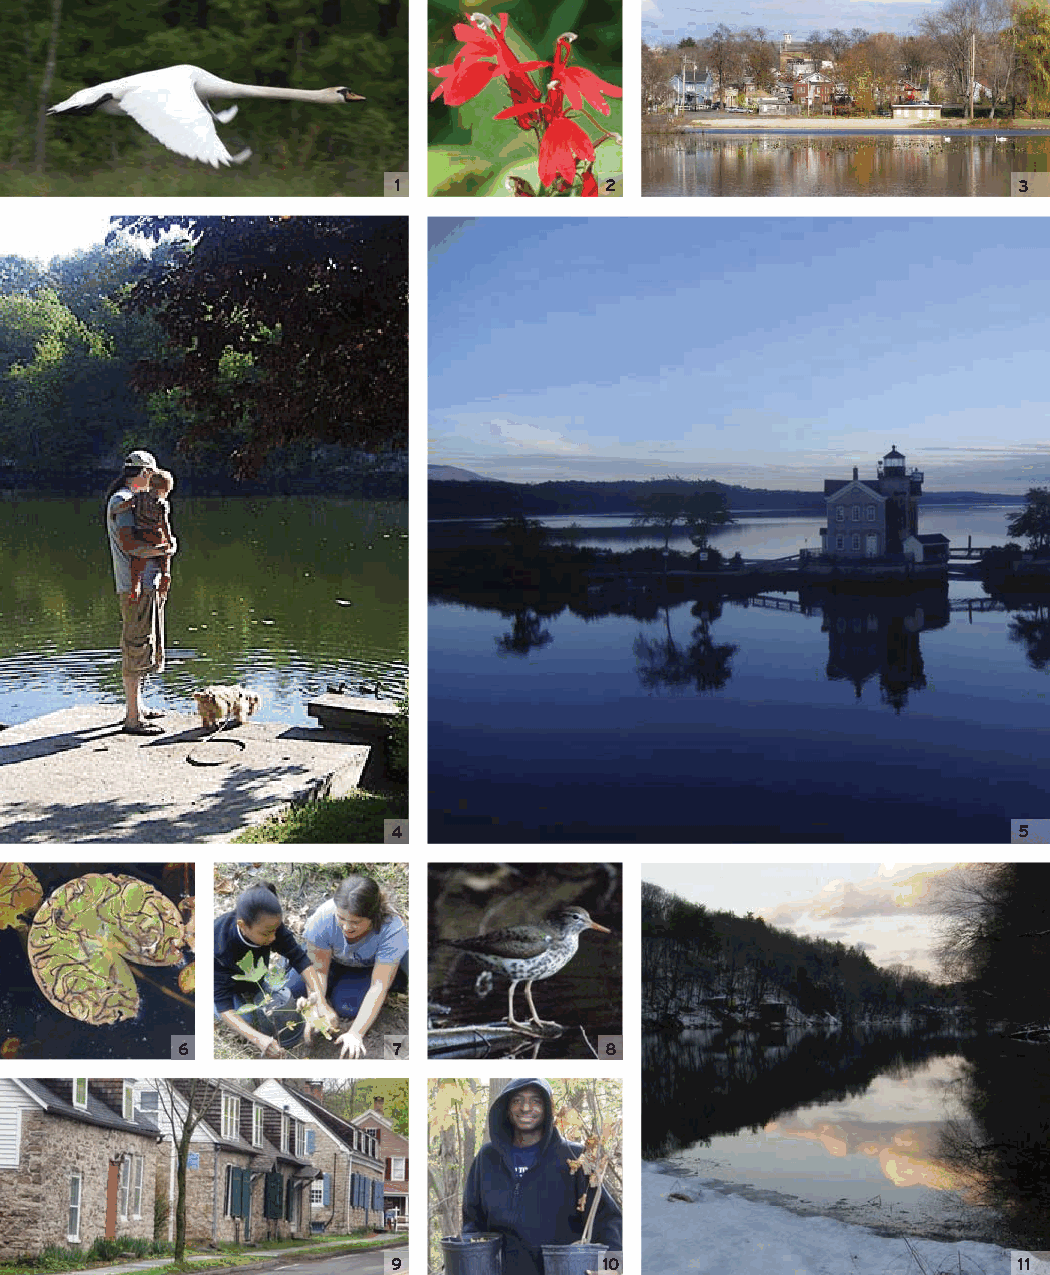
1             2                          3
 4                                        5
 6             7             8
 9             10                         11
 13077 Watershed_Rev.indd Sec1:28                             6/27/11 1:38 PM